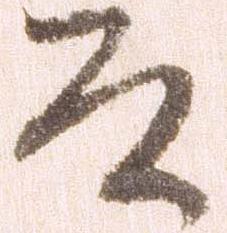
そ